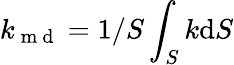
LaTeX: k_{\mathrm{~m~d~}}=1/S\int_{S}k\mathrm{d}S